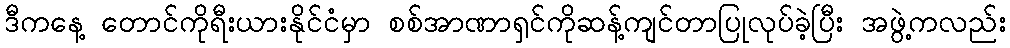
ဒီကနေ့ တောင်ကိုရီးယားနိုင်ငံမှာ စစ်အာဏာရှင်ကိုဆန့်ကျင်တာပြုလုပ်ခဲ့ပြီး အဖွဲ့ကလည်း